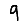
Digit: 9